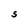
Character: S